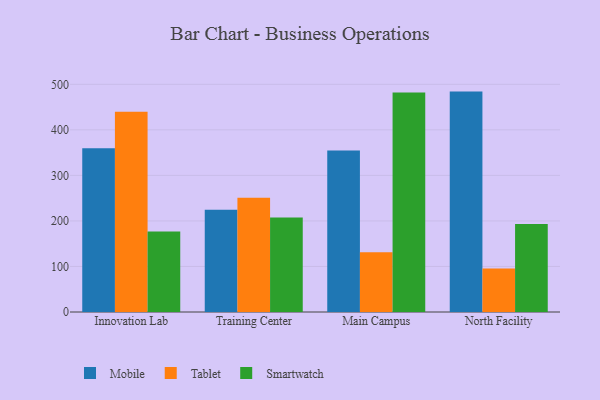
{"axis": {"x": "Campus", "y": "Energy Usage (MWh)"}, "legend": ["Mobile", "Smartwatch", "Tablet"], "data": [{"x": "Innovation Lab", "y": 359.7, "type": "Mobile"}, {"x": "Innovation Lab", "y": 439.6, "type": "Tablet"}, {"x": "Innovation Lab", "y": 177.0, "type": "Smartwatch"}, {"x": "Training Center", "y": 224.3, "type": "Mobile"}, {"x": "Training Center", "y": 251.0, "type": "Tablet"}, {"x": "Training Center", "y": 207.6, "type": "Smartwatch"}, {"x": "Main Campus", "y": 354.9, "type": "Mobile"}, {"x": "Main Campus", "y": 131.4, "type": "Tablet"}, {"x": "Main Campus", "y": 481.9, "type": "Smartwatch"}, {"x": "North Facility", "y": 484.0, "type": "Mobile"}, {"x": "North Facility", "y": 95.7, "type": "Tablet"}, {"x": "North Facility", "y": 193.2, "type": "Smartwatch"}]}